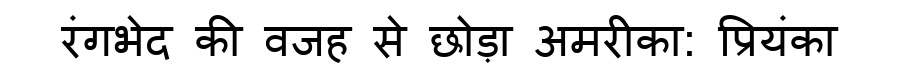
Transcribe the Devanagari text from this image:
रंगभेद की वजह से छोड़ा अमरीका: प्रियंका